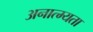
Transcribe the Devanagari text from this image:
अनात्म्यता